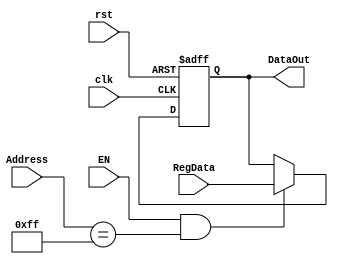
module Parallel_out (input EN, clk, rst, 
		     input  [7:0] Address, RegData,
		     output reg [7:0] DataOut
);


	always @(posedge clk, negedge rst) begin
		if (rst == 0)
			DataOut = 0;
		else if (EN && (Address == 8'hff))
			DataOut <= RegData;
	end 

endmodule